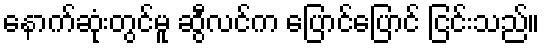
နောက်ဆုံးတွင်မူ ဆွီလင်က ပြောင်ပြောင် ငြင်းသည်။